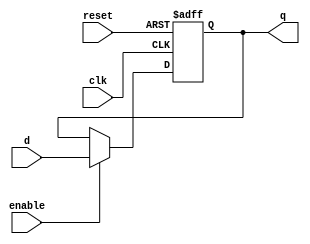
module Register_PC #(parameter WIDTH = 5)(q, d, clk, reset, enable);

input [WIDTH-1:0] d;
input clk;
input enable;
input reset;
output reg [WIDTH-1:0]	q;


// Register with active-High clock & asynchronus reset & synchronus clock enable
always @ (posedge reset or posedge clk)
begin
	// Reset whenever the reset signal goes low, regardless of the clock
	// or the clock enable
	if (reset)
	begin
		q <= 32'h00400000;
	end
	// If not resetting, and the clock signal is enabled on this register,
	// update the register output on the clock's rising edge
	else
	begin
		if (enable)
		begin
			q <= d;
		end
	end
end

endmodule